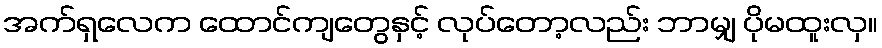
အက်ရှလေက ထောင်ကျတွေနှင့် လုပ်တော့လည်း ဘာမျှ ပိုမထူးလှ။